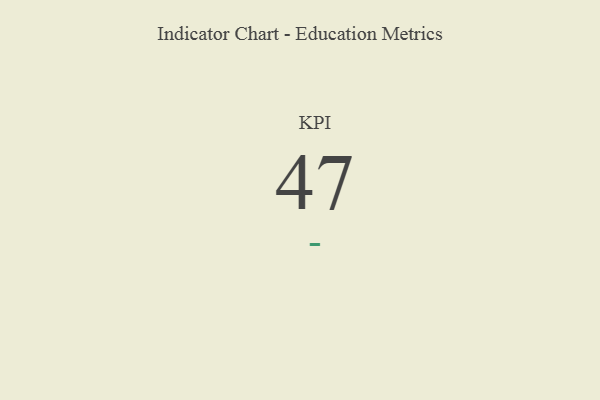
{"axis": {"x": "KPI", "y": "Value"}, "legend": [""], "data": [{"x": "KPI", "y": 47, "type": ""}]}